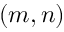
( m , n )